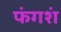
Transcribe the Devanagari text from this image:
फंगशं